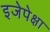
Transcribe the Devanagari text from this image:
इजेपेक्षा